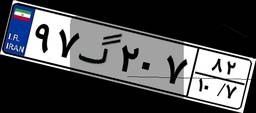
۲۱گ۶۳۲۲۴